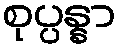
စုပ္ပန္နာ